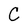
Character: C